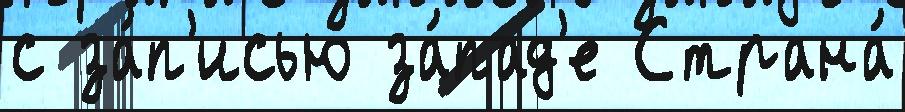
с за́п'исью за́пад'е Страна́